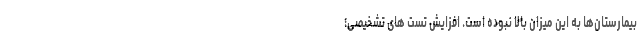
بیمارستان‌ها به این میزان بالا نبوده است. افزایش تست های تشخیصی؛